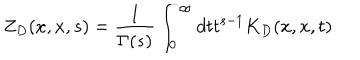
Z _ { D } ( x , x , s ) = { \frac { 1 } { \Gamma ( s ) } } \int _ { 0 } ^ { \infty } d t t ^ { s - 1 } K _ { D } ( x , x , t )